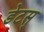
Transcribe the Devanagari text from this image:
डेटस्‌